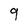
Character: q